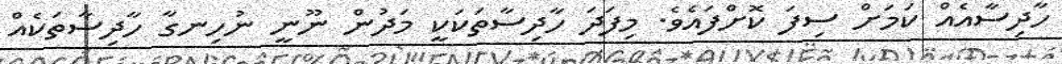
ހާދިސާއެއް ކަމަށް ސިފަ ކޮށްފައެވެ. މިފަދަ ހާދިސާތަކަކީ މަދުން ނޫނީ ނުހިނގާ ހާދިސާތަކެއް